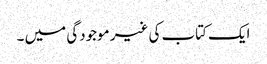
ایک کتاب کی غیر موجودگی میں ۔